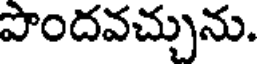
పొందవచ్చును.